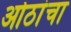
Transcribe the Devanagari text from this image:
ओठांचा